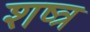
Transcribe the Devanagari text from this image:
शष्त्र